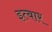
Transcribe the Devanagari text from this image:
इत्बार